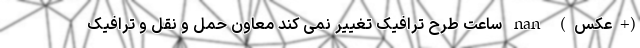
(+عکس) nan ساعت طرح ترافیک تغییر نمی کند معاون حمل و نقل و ترافیک